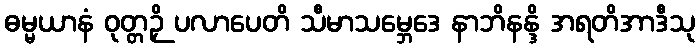
ဓမ္မယာနံ ဝုတ္တဉှိ ပလာပေတိ သီမာသမ္ဘေဒေ နာဘိနန္ဒိ အရတိအာဒီသု